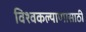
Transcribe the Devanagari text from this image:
विश्वकल्याणासाठी